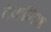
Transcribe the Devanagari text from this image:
टेकनिश